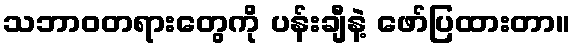
သဘာဝတရားတွေကို ပန်းချီနဲ့ ဖော်ပြထားတာ။